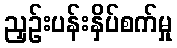
ညှဉ်းပန်းနှိပ်စက်မှု